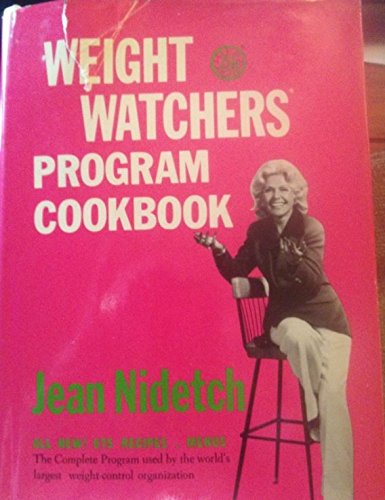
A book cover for Weight Watchers' Program Original Cookbook; Jean Nidetch; Health, Fitness & Dieting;